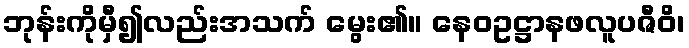
ဘုန်းကိုမှီ၍လည်းအသက် မွေး၏။ နေဝဥဋ္ဌာနဖလူပဇီဝိ၊